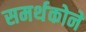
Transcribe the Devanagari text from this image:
समर्थकोने